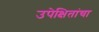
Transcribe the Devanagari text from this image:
उपेक्षितांचा